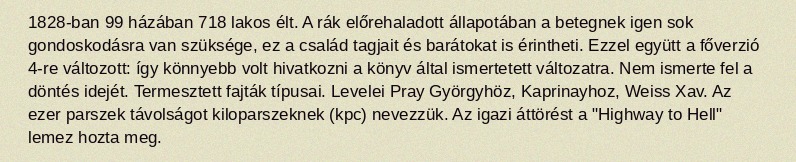
1828-ban 99 házában 718 lakos élt. A rák előrehaladott állapotában a betegnek igen sok gondoskodásra van szüksége, ez a család tagjait és barátokat is érintheti. Ezzel együtt a főverzió 4-re változott: így könnyebb volt hivatkozni a könyv által ismertetett változatra. Nem ismerte fel a döntés idejét. Termesztett fajták típusai. Levelei Pray Györgyhöz, Kaprinayhoz, Weiss Xav. Az ezer parszek távolságot kiloparszeknek (kpc) nevezzük. Az igazi áttörést a "Highway to Hell" lemez hozta meg.